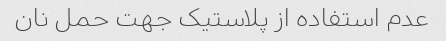
عدم استفاده از پلاستیک جهت حمل نان